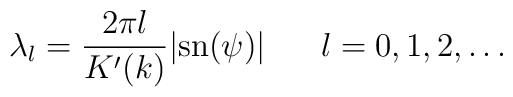
\lambda_l = \frac{2 \pi l}{K'(k)} |{\rm sn}(\psi)| \;\;\;\;\;\; l=0,1,2,\ldots